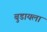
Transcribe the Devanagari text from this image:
बुडायला